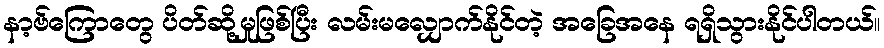
နာ့ဗ်ကြောတွေ ပိတ်ဆို့မှုဖြစ်ပြီး လမ်းမလျှောက်နိုင်တဲ့ အခြေအနေ ရရှိသွားနိုင်ပါတယ်။